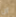
ان